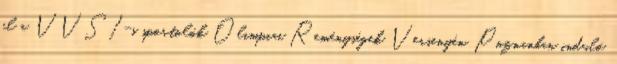
el a VVSI-s sportolók Olimpiai Reménységek Versenyén, Poznanban induló